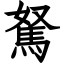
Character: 駑